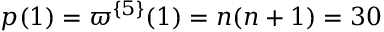
p ( 1 ) = \varpi ^ { \{ 5 \} } ( 1 ) = n ( n + 1 ) = 3 0